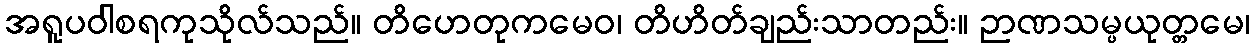
အရူပဝါစရကုသိုလ်သည်။ တိဟေတုကမေဝ၊ တိဟိတ်ချည်းသာတည်း။ ဉာဏသမ္ပယုတ္တမေ၊